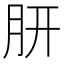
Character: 𭨩